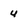
Character: u